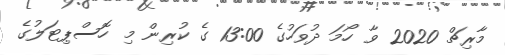
މާރިޗް 2020 ވާ ހޯމަ ދުވަހުގެ 13:00 ގެ ކުރިން މި ހޮސްޕިޓަލުގެ